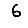
Digit: 6